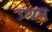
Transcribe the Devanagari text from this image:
प्र्थम